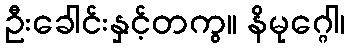
ဦးခေါင်းနှင့်တကွ။ နိမုဂ္ဂေါ၊